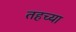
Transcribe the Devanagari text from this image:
तहच्या